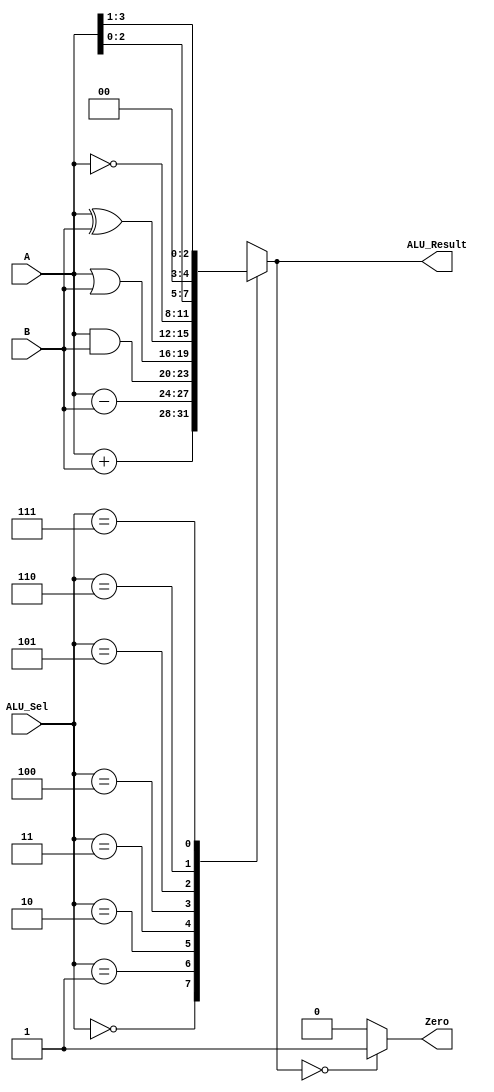
module ALU4bit(A,B,ALU_Sel,ALU_Result,Zero);
    input [3:0] A;     
    input [3:0] B;     
    input [2:0] ALU_Sel; 
    output reg [3:0] ALU_Result; 
    output Zero;         


    always @(*) begin
        case (ALU_Sel)
            3'b000: ALU_Result = A + B;         
            3'b001: ALU_Result = A - B;         
            3'b010: ALU_Result = A & B;    
            3'b011: ALU_Result = A | B;        
            3'b100: ALU_Result = A ^ B;        
            3'b101: ALU_Result = ~A;       
            3'b110: ALU_Result = A << 1;    
            3'b111: ALU_Result = A >> 1;       
            default: ALU_Result = 4'b0000;      
        endcase
    end
    assign Zero = (ALU_Result == 4'b0000) ? 1'b1 : 1'b0;  
endmodule